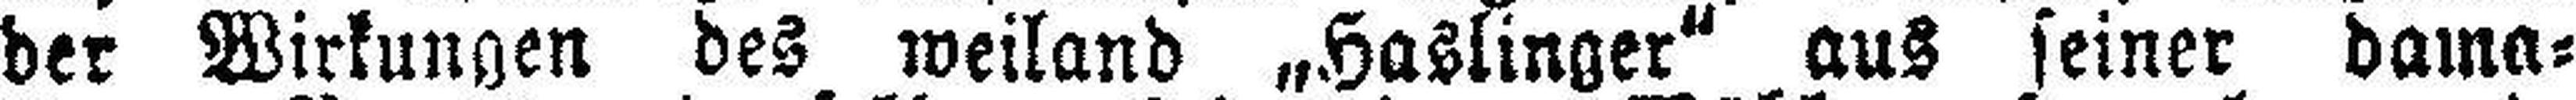
der Wirkungen des weiland „Haslinger“ aus seiner dama¬